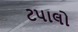
ટપાલો